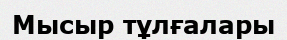
Мысыр тұлғалары